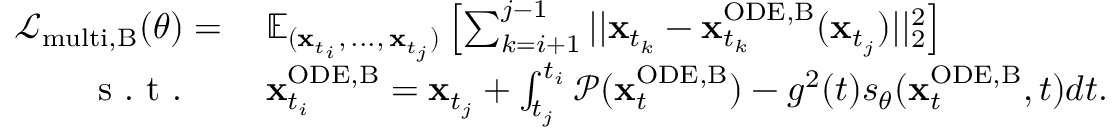
\begin{array} { r l } { \mathcal { L } _ { \mathrm { m u l t i , B } } ( \theta ) = \: } & { { } \mathbb { E } _ { ( \mathbf { x } _ { t _ { i } } , \, . . . , \, \mathbf { x } _ { t _ { j } } ) } \left[ \sum _ { k = i + 1 } ^ { j - 1 } | | \mathbf { x } _ { t _ { k } } - \mathbf { x } _ { t _ { k } } ^ { \mathrm { O D E , B } } ( \mathbf { x } _ { t _ { j } } ) | | _ { 2 } ^ { 2 } \right] } \\ { \mathrm { ~ s ~ . ~ t ~ . ~ } \quad } & { { } \mathbf { x } _ { t _ { i } } ^ { \mathrm { O D E , B } } = \mathbf { x } _ { t _ { j } } + \int _ { t _ { j } } ^ { t _ { i } } \mathcal { P } ( \mathbf { x } _ { t } ^ { \mathrm { O D E , B } } ) - g ^ { 2 } ( t ) s _ { \theta } ( \mathbf { x } _ { t } ^ { \mathrm { O D E , B } } , t ) d t . } \end{array}